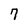
Character: 7